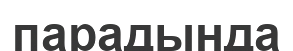
парадында